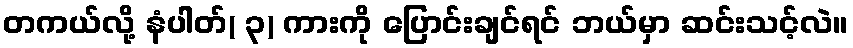
တကယ်လို့ နံပါတ်( ၃) ကားကို ပြောင်းချင်ရင် ဘယ်မှာ ဆင်းသင့်လဲ။